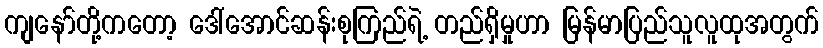
ကျနော်တို့ကတော့ ဒေါ်အောင်ဆန်းစုကြည်ရဲ့ တည်ရှိမှုဟာ မြန်မာပြည်သူလူထုအတွက်